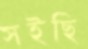
সইছি